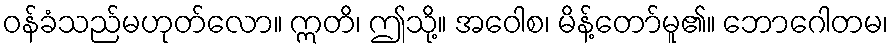
ဝန်ခံသည်မဟုတ်လော။ ဣတိ၊ ဤသို့။ အဝေါစ၊ မိန့်တော်မူ၏။ ဘောဂေါတမ၊